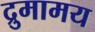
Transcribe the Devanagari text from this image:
द्रुमामय